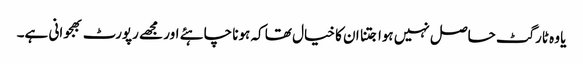
یا وہ ٹارگٹ حاصل نہیں ہوا جتنا ان کا خیال تھا کہ ہونا چاہئے اور مجھے رپورٹ بھجوانی ہے۔